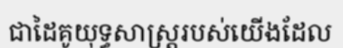
ជាដៃគូយុទ្ធសាស្ត្ររបស់យើងដែល